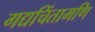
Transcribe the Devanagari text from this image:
गद्यचिंतामणि